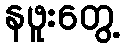
နဖူးတွေ့